Report of the Bombay Plague Committee
Disease focus: Plague
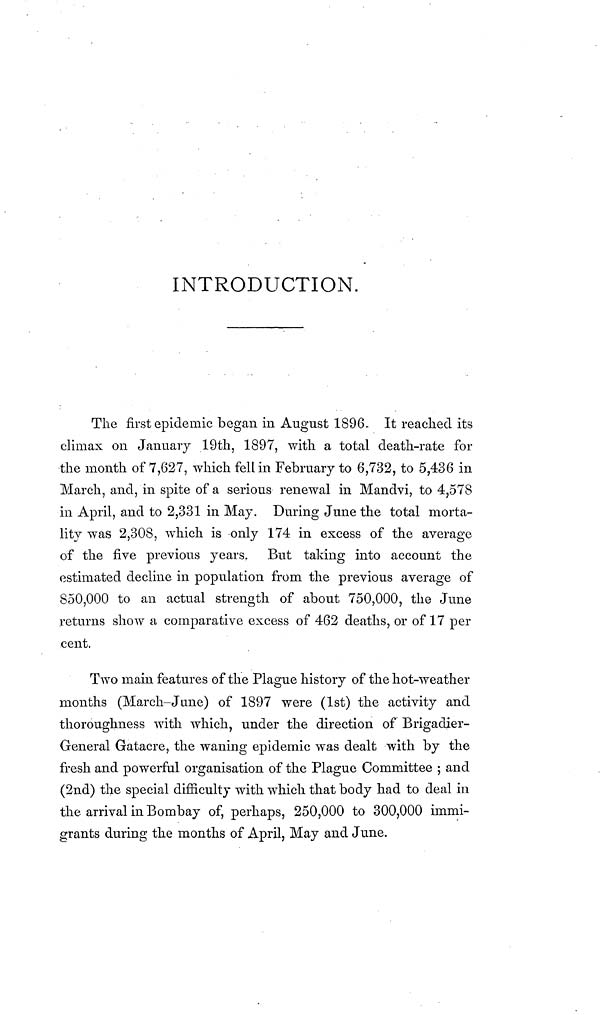
INTRODUCTION.
The first epidemic began in August 1896. It reached its
climax on January 19th, 1897, with a total death-rate for
the month of 7,627, which fell in February to 6,732, to 5,436 in
March, and, in spite of a serious renewal in Mandvi, to 4,578
in April, and to 2,331 in May. During June the total morta-
lity was 2,308, which is only 174 in excess of the average
of the five previous years. But taking into account the
estimated decline in population from the previous average of
850,000 to an actual strength of about 750,000, the June
returns show a comparative excess of 462 deaths, or of 17 per
cent.
Two main features of the Plague history of the hot-weather
months (March-June) of 1897 were (1st) the activity and
thoroughness with which, under the direction of Brigadier-
General Gatacre, the waning epidemic was dealt with by the
fresh and powerful organisation of the Plague Committee ; and
(2nd) the special difficulty with which that body had to deal in
the arrival in Bombay of, perhaps, 250,000 to 300,000 immi-
grants during the months of April, May and June.